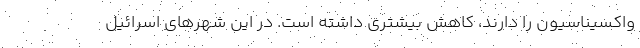
واکسیناسیون را دارند، کاهش بیشتری داشته است. در این شهرهای اسرائیل